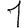
Digit: 1